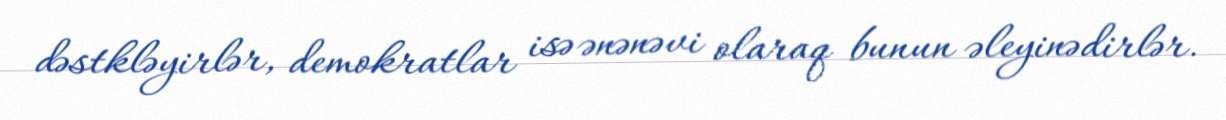
dəstkləyirlər, demokratlar isə ənənəvi olaraq bunun əleyinədirlər.